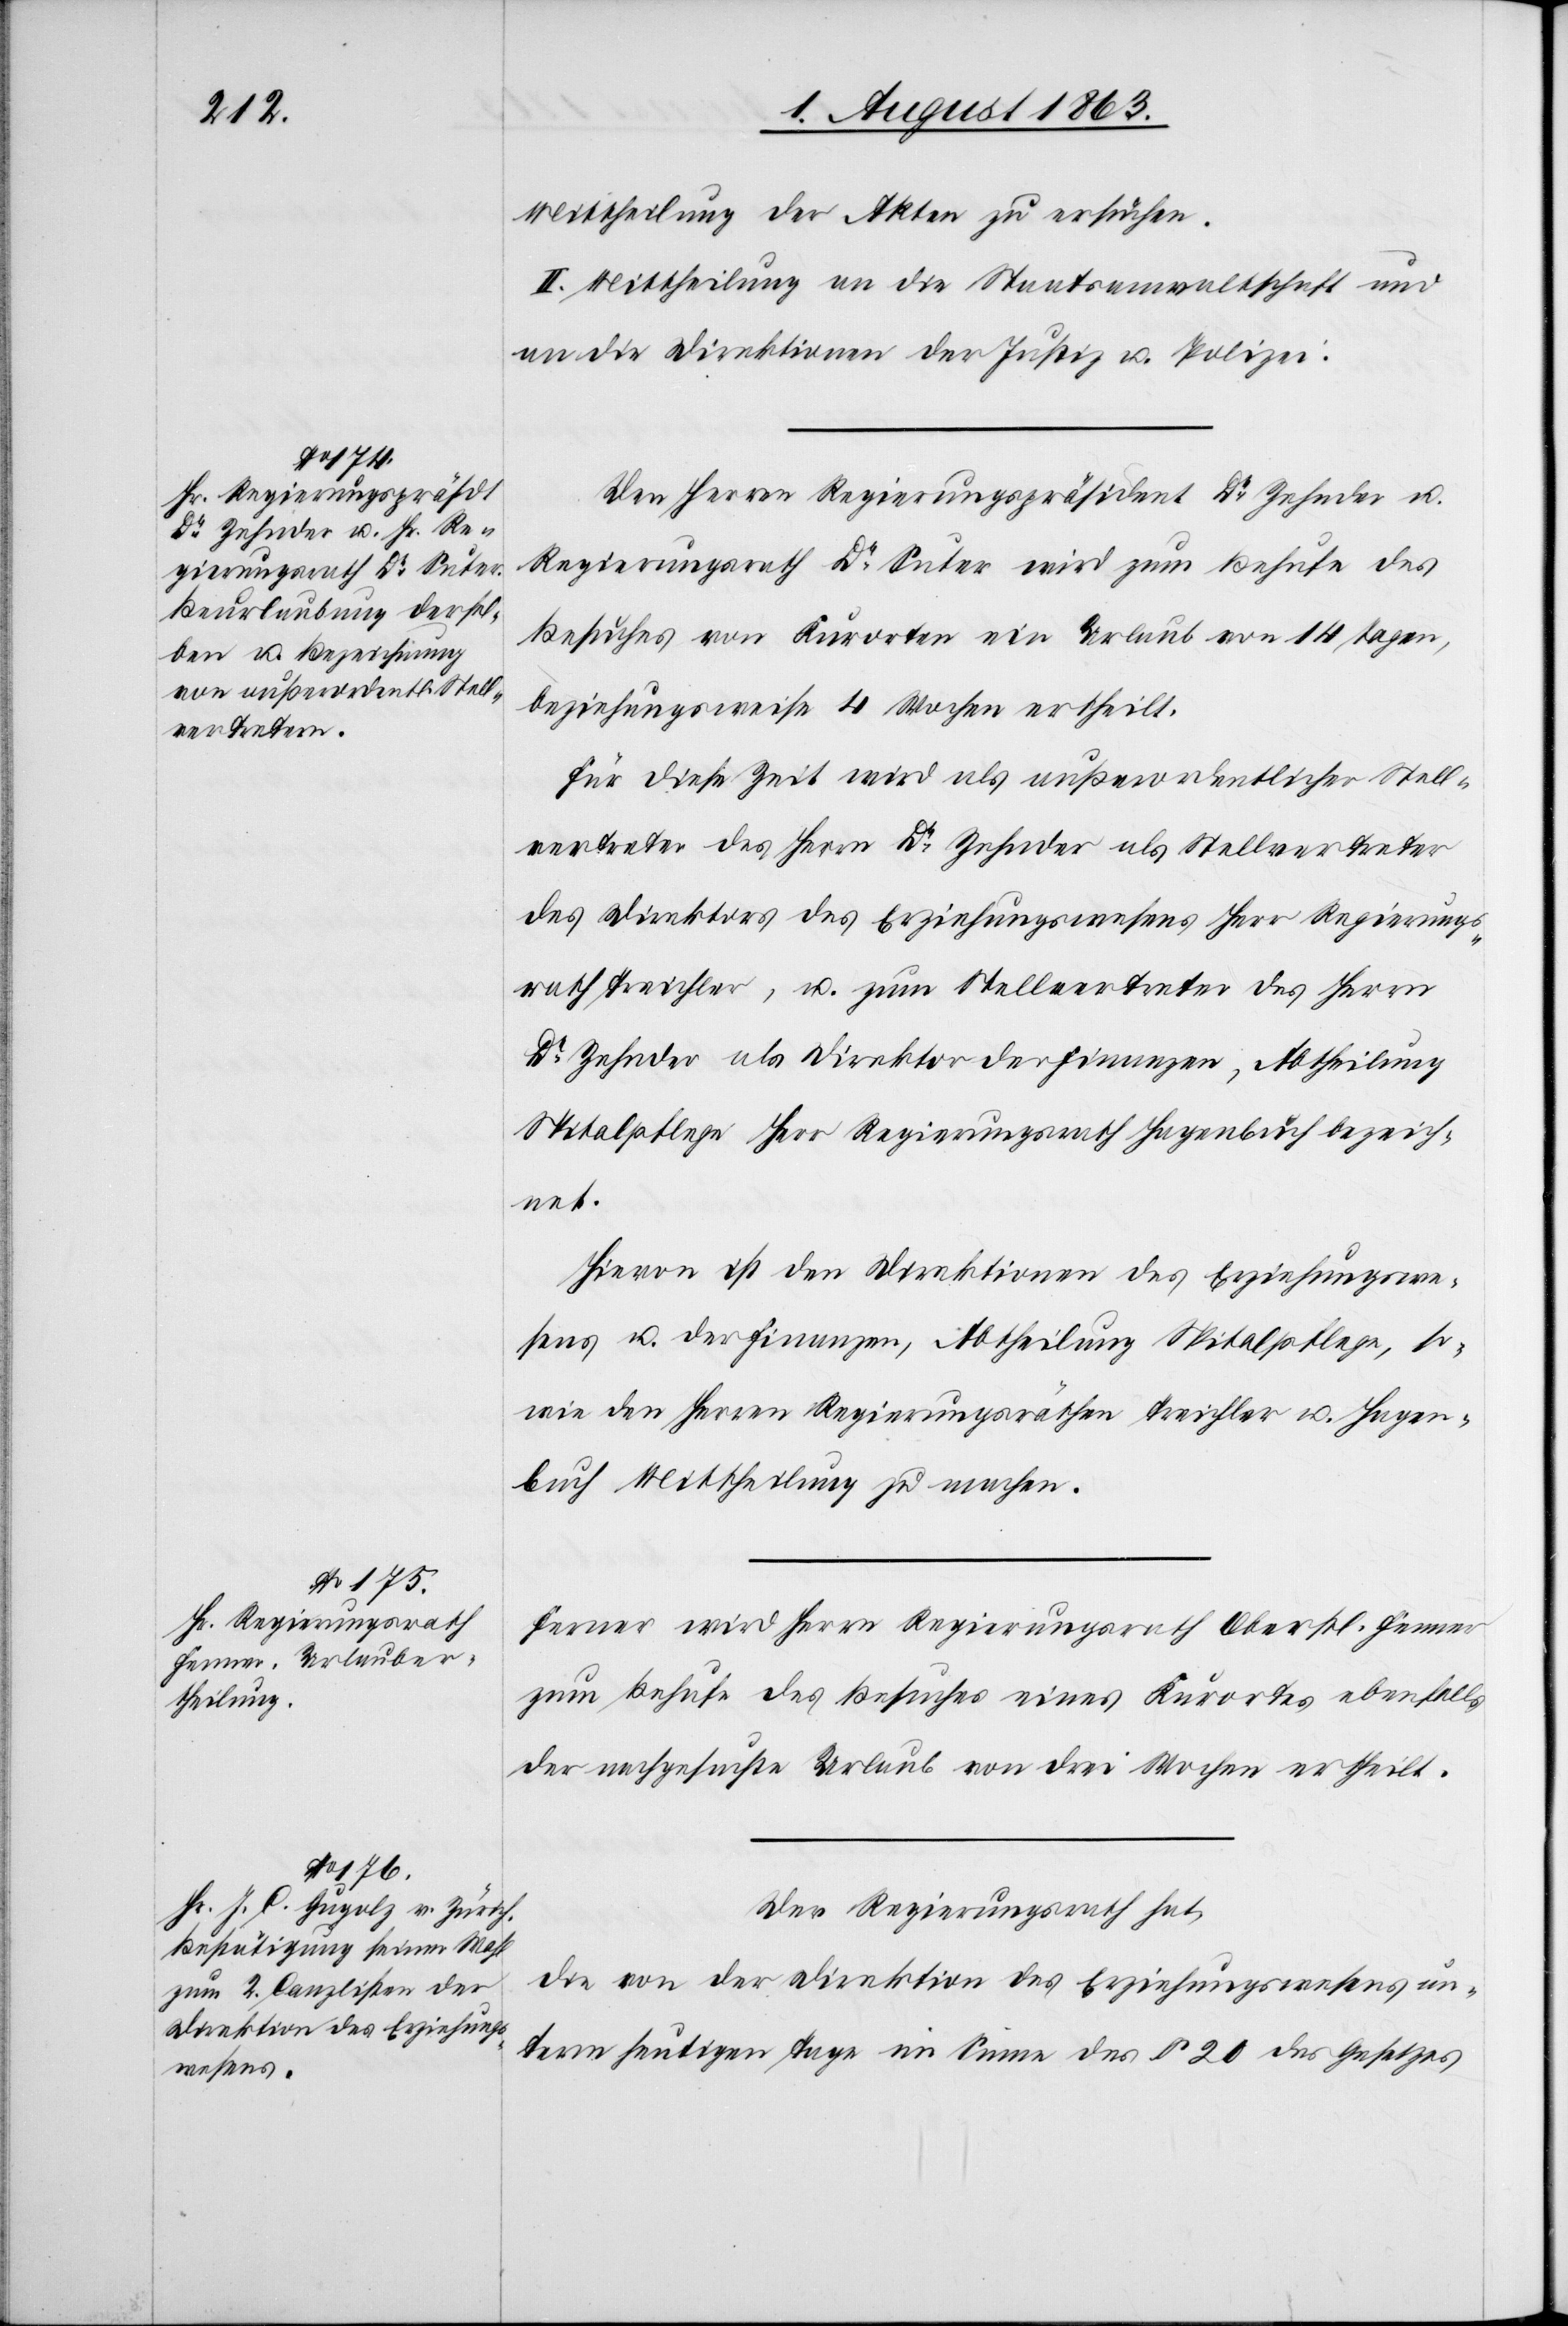
Mittheilung der Akten zu ersuchen.
II. Mittheilung an die Staatsanwaltschaft und
an die Direktionen der Justiz u. Polizei.
Den Herren Regierungspräsident Dr Zehnder u.
Regierungsrath Dr Suter wird zum Behufe des
Besuches von Kurorten ein Urlaub von 14 Tagen,
beziehungsweise 4 Wochen ertheilt.
Für diese Zeit wird als außerordentlicher Stell¬
vertreter des Herrn Dr Zehnder als Stellvertreter
des Direktors des Erziehungswesens Herr Regierungs¬
rath Treichler, u. zum Stellvertreter des Herrn
Dr Zehnder als Direktor der Finanzen, Abtheilung
Spitalpflege Herr Regierungsrath Hagenbuch bezeich¬
net.
Hievon ist den Direktionen des Erziehungswe¬
sens u. der Finanzen, Abtheilung Spitalpflege, so¬
wie den Herren Regierungsräthen Treichler u. Hagen¬
buch Mittheilung zu machen.
Ferner wird Herrn Regierungsrath Oberstl. Fenner
zum Behufe des Besuches eines Kurortes ebenfalls
der nachgesuchte Urlaub von drei Wochen ertheilt.
Der Regierungsrath hat,
die von der Direktion des Erziehungswesens un¬
term heutigen Tage im Sinne des § 20 des Gesetzes